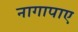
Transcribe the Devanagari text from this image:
नागापाए